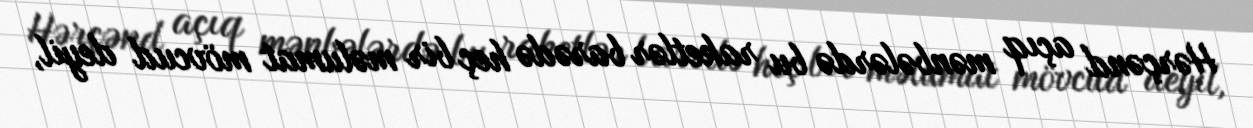
Hərçənd açıq mənbələrdə bu raketlər barədə heç bir məlumat mövcud deyil,